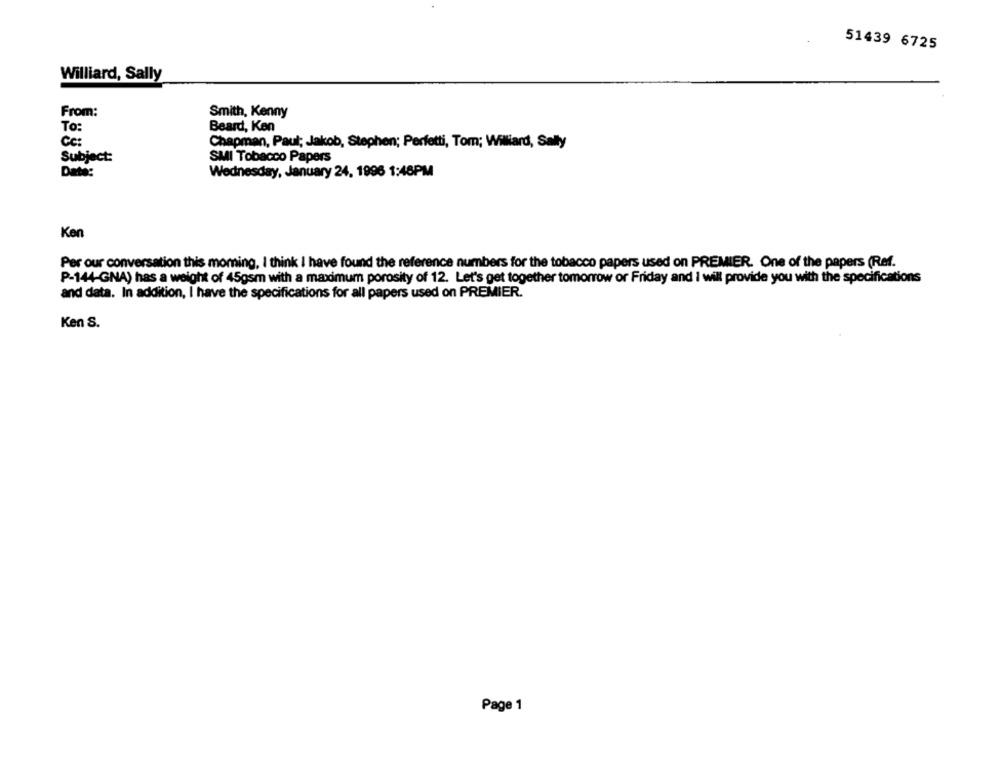
51439 6725
Williard, Sally
From:
Smith, Kenny
To:
Beard, Ken
Cc:
Chapman, Paul; Jakob, Stephen; Perfetti, Tom; Williard, Sally
Subject:
SMI Tobacco Papers
Date:
Wednesday, January 24, 1996 1:46PM
Ken
Per our conversation this morning, I think I have found the reference numbers for the tobacco papers used on PREMIER. One of the papers (Ref.
P-144-GNA) has a weight of 45gsm with a maximum porosity of 12. Let's get together tomorrow or Friday and I will provide you with the specifications
and data. In addition, I have the specifications for all papers used on PREMIER.
Ken S.
Page 1